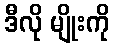
ဒီလို မျိုးကို